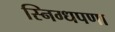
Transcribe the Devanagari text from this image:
स्निग्धपणा